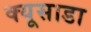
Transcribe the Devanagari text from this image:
क्यूसाडा